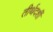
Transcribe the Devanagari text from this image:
तीर्थदर्शी